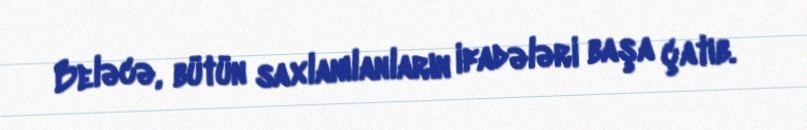
Beləcə, bütün saxlanılanların ifadələri başa çatıb.